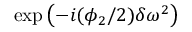
\exp { \left( - i ( \phi _ { 2 } / 2 ) \delta \omega ^ { 2 } \right) }